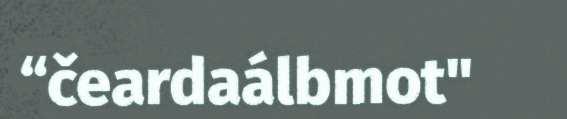
“čeardaálbmot"